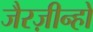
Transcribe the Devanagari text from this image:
जैरज़ीन्हो